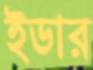
ইডার